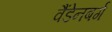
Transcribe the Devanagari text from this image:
वैंडेनबर्ग